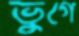
ভুগে